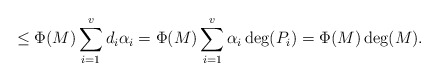
\begin{align*}\leq \Phi(M) \sum_{i = 1}^v d_i\alpha_i = \Phi(M) \sum_{i = 1}^v \alpha_i\deg(P_i) = \Phi(M)\deg(M).\end{align*}